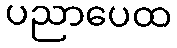
ပညာပေထ